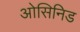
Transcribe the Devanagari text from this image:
ओसिनिड